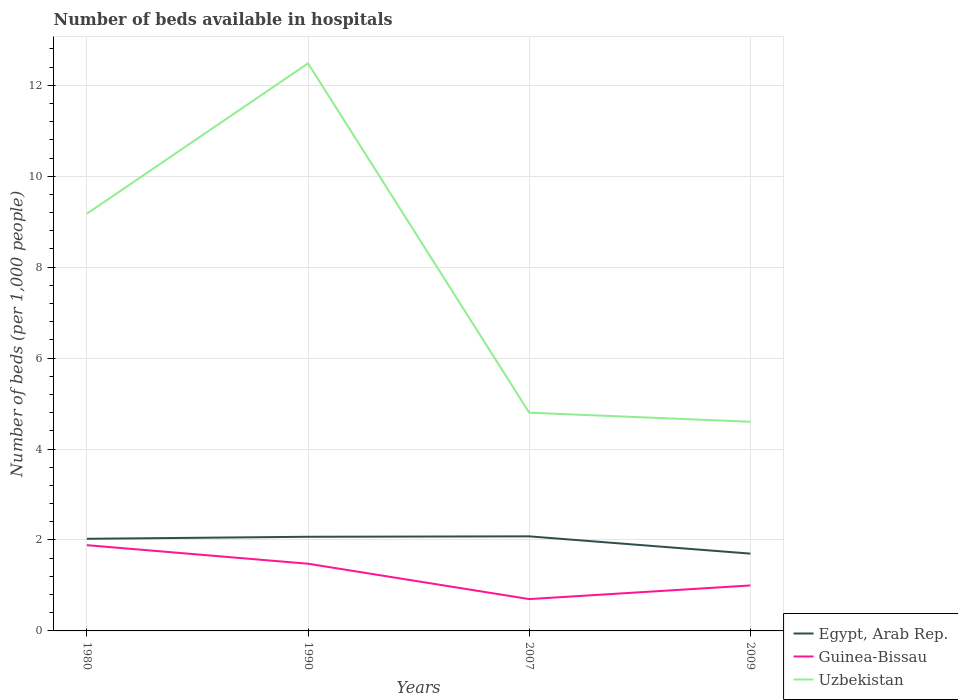
| Years | Egypt, Arab Rep. | Guinea-Bissau | Uzbekistan |
 | --- | --- | --- | --- |
 | 1980 | 2.03 | 1.89 | 9.18 |
 | 1990 | 2.07 | 1.48 | 12.5 |
 | 2007 | 2.08 | 0.7 | 4.8 |
 | 2009 | 1.7 | 1 | 4.6 |